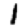
Digit: 1